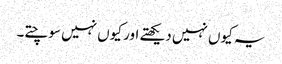
یہ کیوں نہیں دیکھتے اور کیوں نہیں سوچتے۔